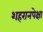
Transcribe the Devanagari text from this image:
शहरानपेक्षा